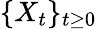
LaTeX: \{ X_{t}\} _{t\ge 0}